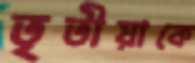
তৃতীয়াকে